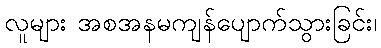
လူများ အစအနမကျန်ပျောက်သွားခြင်း၊